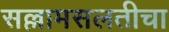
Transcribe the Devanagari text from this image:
सल्लामसलतीचा